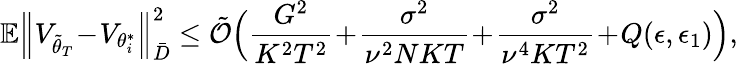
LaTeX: \mathbb{E}\Big\lVert V_{\tilde{\theta}_{T}}\! -\! V_{\theta_{i}^{*}}\Big\rVert_{\bar{D}}^{2}\le\tilde{\mathcal{O}}\Big(\frac{G^{2}}{K^{2}T^{2}}\! +\! \frac{\sigma^{2}}{\nu^{2}NKT}\! +\! \frac{\sigma^{2}}{{\nu}^{4}KT^{2}}\! +\! Q(\epsilon,\epsilon_{1})\Big),